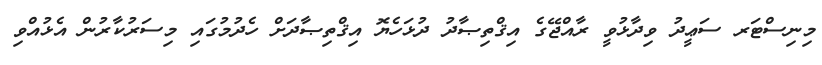
މިނިސްޓަރ ސަޢީދު ވިދާޅުވީ ރާއްޖޭގެ އިޤްތިޞާދު ދުޅަހެޔޮ އިޤްތިޞާދަށް ހެދުމުގައި މިސަރުކާރުން އެޅުއްވި